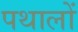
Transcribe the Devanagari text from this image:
पथालों